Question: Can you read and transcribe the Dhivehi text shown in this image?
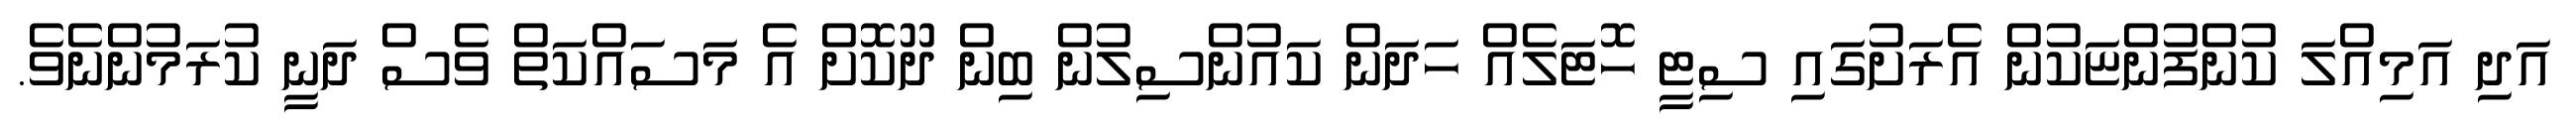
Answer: އަދި އަމިއްލަ ކުންފުންޏަކުން އެރަށުގައި ސިޓީ ހޮޓަލެއް ހަދަން ކައުންސިލުން ބިން ދޫކޮށް އެ މަސައްކަތް ވެސް ދަނީ ކުރަމުންނެވެ.